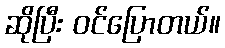
ဆိုပြီး ဝင်ပြောတယ်။